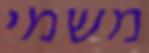
משמי